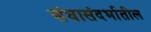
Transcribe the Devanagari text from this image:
संघासंदर्भातील